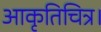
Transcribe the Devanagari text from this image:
आकृतिचित्र।